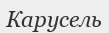
Карусель